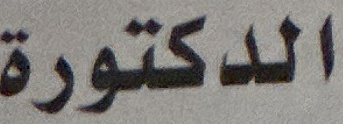
الدكتورة